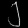
Digit: ၂